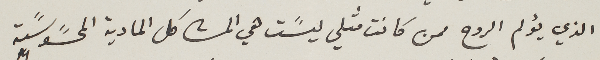
الذي يؤلم الروح ممن كانت مثلي ليسًت هي المشاكل المادية المحسًوسًة